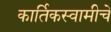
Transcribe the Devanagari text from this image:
कार्तिकस्वामीचे